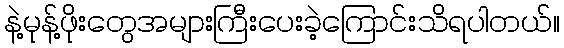
နဲ့မုန့်ဖိုးတွေအများကြီးပေးခဲ့ကြောင်းသိရပါတယ်။